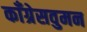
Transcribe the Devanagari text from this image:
काँग्रेसवुमन